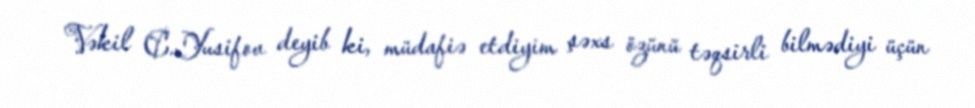
Vəkil C.Yusifov deyib ki, müdafiə etdiyim şəxs özünü təqsirli bilmədiyi üçün